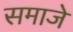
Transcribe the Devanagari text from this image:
समाजे